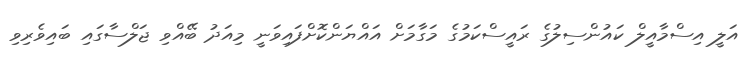
އަލީ އިސްމާއީލް ކައުންސިލުގެ ރައީސްކަމުގެ މަގާމަށް އައްޔަންކޮށްފައިވަނީ މިއަދު ބޭއްވި ޖަލްސާގައި ބައިވެރިވި